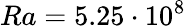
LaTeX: Ra=5.25\cdot 10^{8}